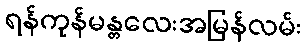
ရန်ကုန်မန္တလေးအမြန်လမ်း